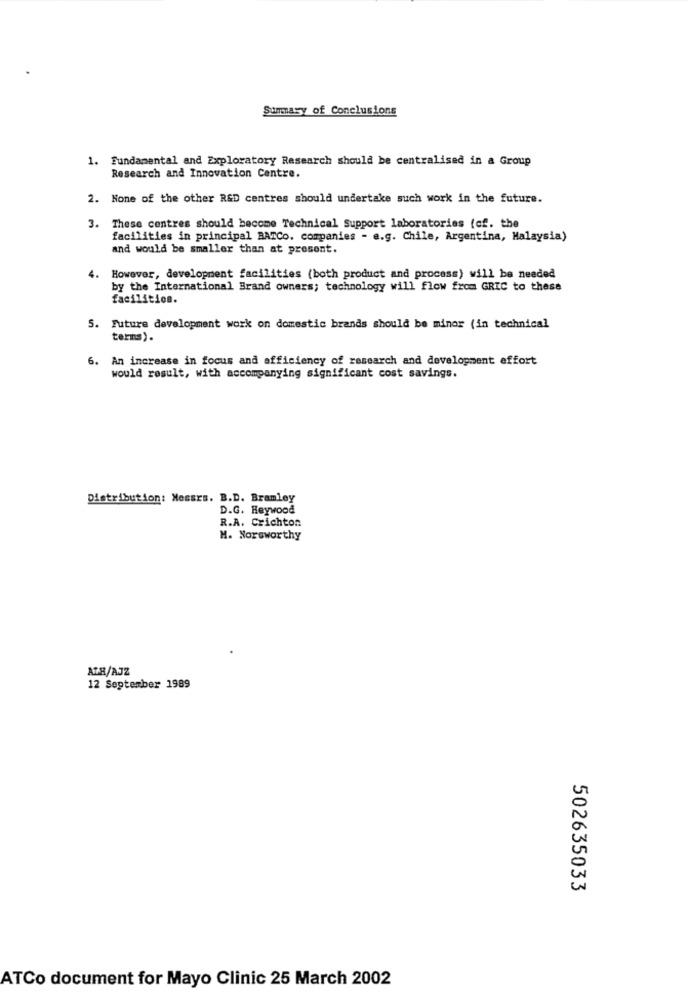
Summary of Conclusions
1. Fundamental and Exploratory Research should be centralised in a Group
Research and Innovation Centre.
2. None of the other R&D centres should undertake such work in the future.
3. These centres should become Technical Support laboratories (cf. the
facilities in principal BATCo. companies - e.g. Chile, Argentina, Malaysia)
and would be smaller than at present.
4. However, development facilities (both product and process) will be needed
by the International Brand owners; technology will flow from GRIC to these
facilities.
5. Future development work on domestic brands should be minor (in technical
terns).
6. An increase in focus and afficiency of research and development effort
would result, with accompanying significant cost savings.
Distribution: Messrs. B.D. Bramley
D.G. Heywood
R.A. Crichton
M. Noreworthy
ATR/AJZ
12 September 1989
502635033
ATCo document for Mayo Clinic 25 March 2002